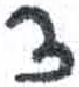
אות: צ